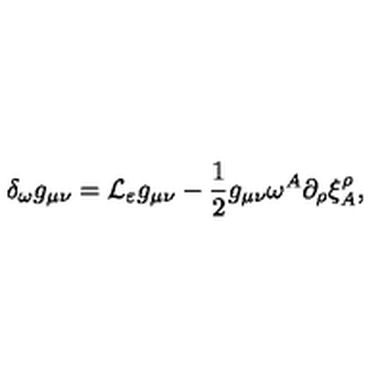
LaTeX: \delta _ { \omega } g _ { \mu \nu } = { \cal L } _ { \varepsilon } g _ { \mu \nu } - \frac 1 2 g _ { \mu \nu } \omega ^ { A } \partial _ { \rho } \xi _ { A } ^ { \rho } ,